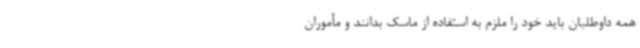
همه داوطلبان باید خود را ملزم به استفاده از ماسک بدانند و مأموران